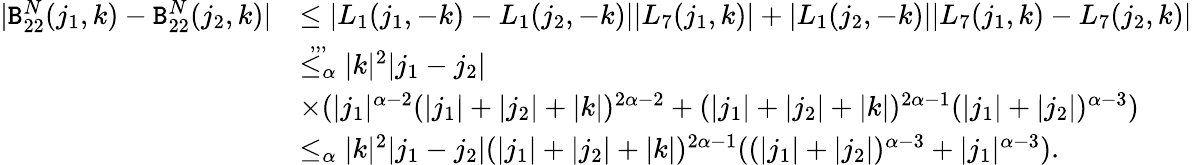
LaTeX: \begin{array}{rl}{|\mathtt{B}_{22}^{N}(j_{1},k)-\mathtt{B}_{22}^{N}(j_{2},k)|}&{\le|L_{1}(j_{1},-k)-L_{1}(j_{2},-k)||L_{7}(j_{1},k)|+|L_{1}(j_{2},-k)||L_{7}(j_{1},k)-L_{7}(j_{2},k)|}\\ &{\overset{,,,}{\le_{\alpha}}|k|^{2}|j_{1}-j_{2}|}\\ &{\times(|j_{1}|^{\alpha-2}(|j_{1}|+|j_{2}|+|k|)^{2\alpha-2}+(|j_{1}|+|j_{2}|+|k|)^{2\alpha-1}(|j_{1}|+|j_{2}|)^{\alpha-3})}\\ &{\le_{\alpha}|k|^{2}|j_{1}-j_{2}|(|j_{1}|+|j_{2}|+|k|)^{2\alpha-1}((|j_{1}|+|j_{2}|)^{\alpha-3}+|j_{1}|^{\alpha-3}).}\end{array}